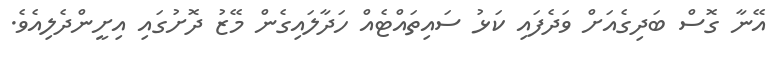
އޭނާ ގޮސް ބަދިގެއަށް ވަދެފައި ކަޅު ސައިތައްޓެއް ހަދާލައިގެން މޭޒު ދޮށުގައި އިށީންދެލިއެވެ.